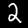
Label: 2